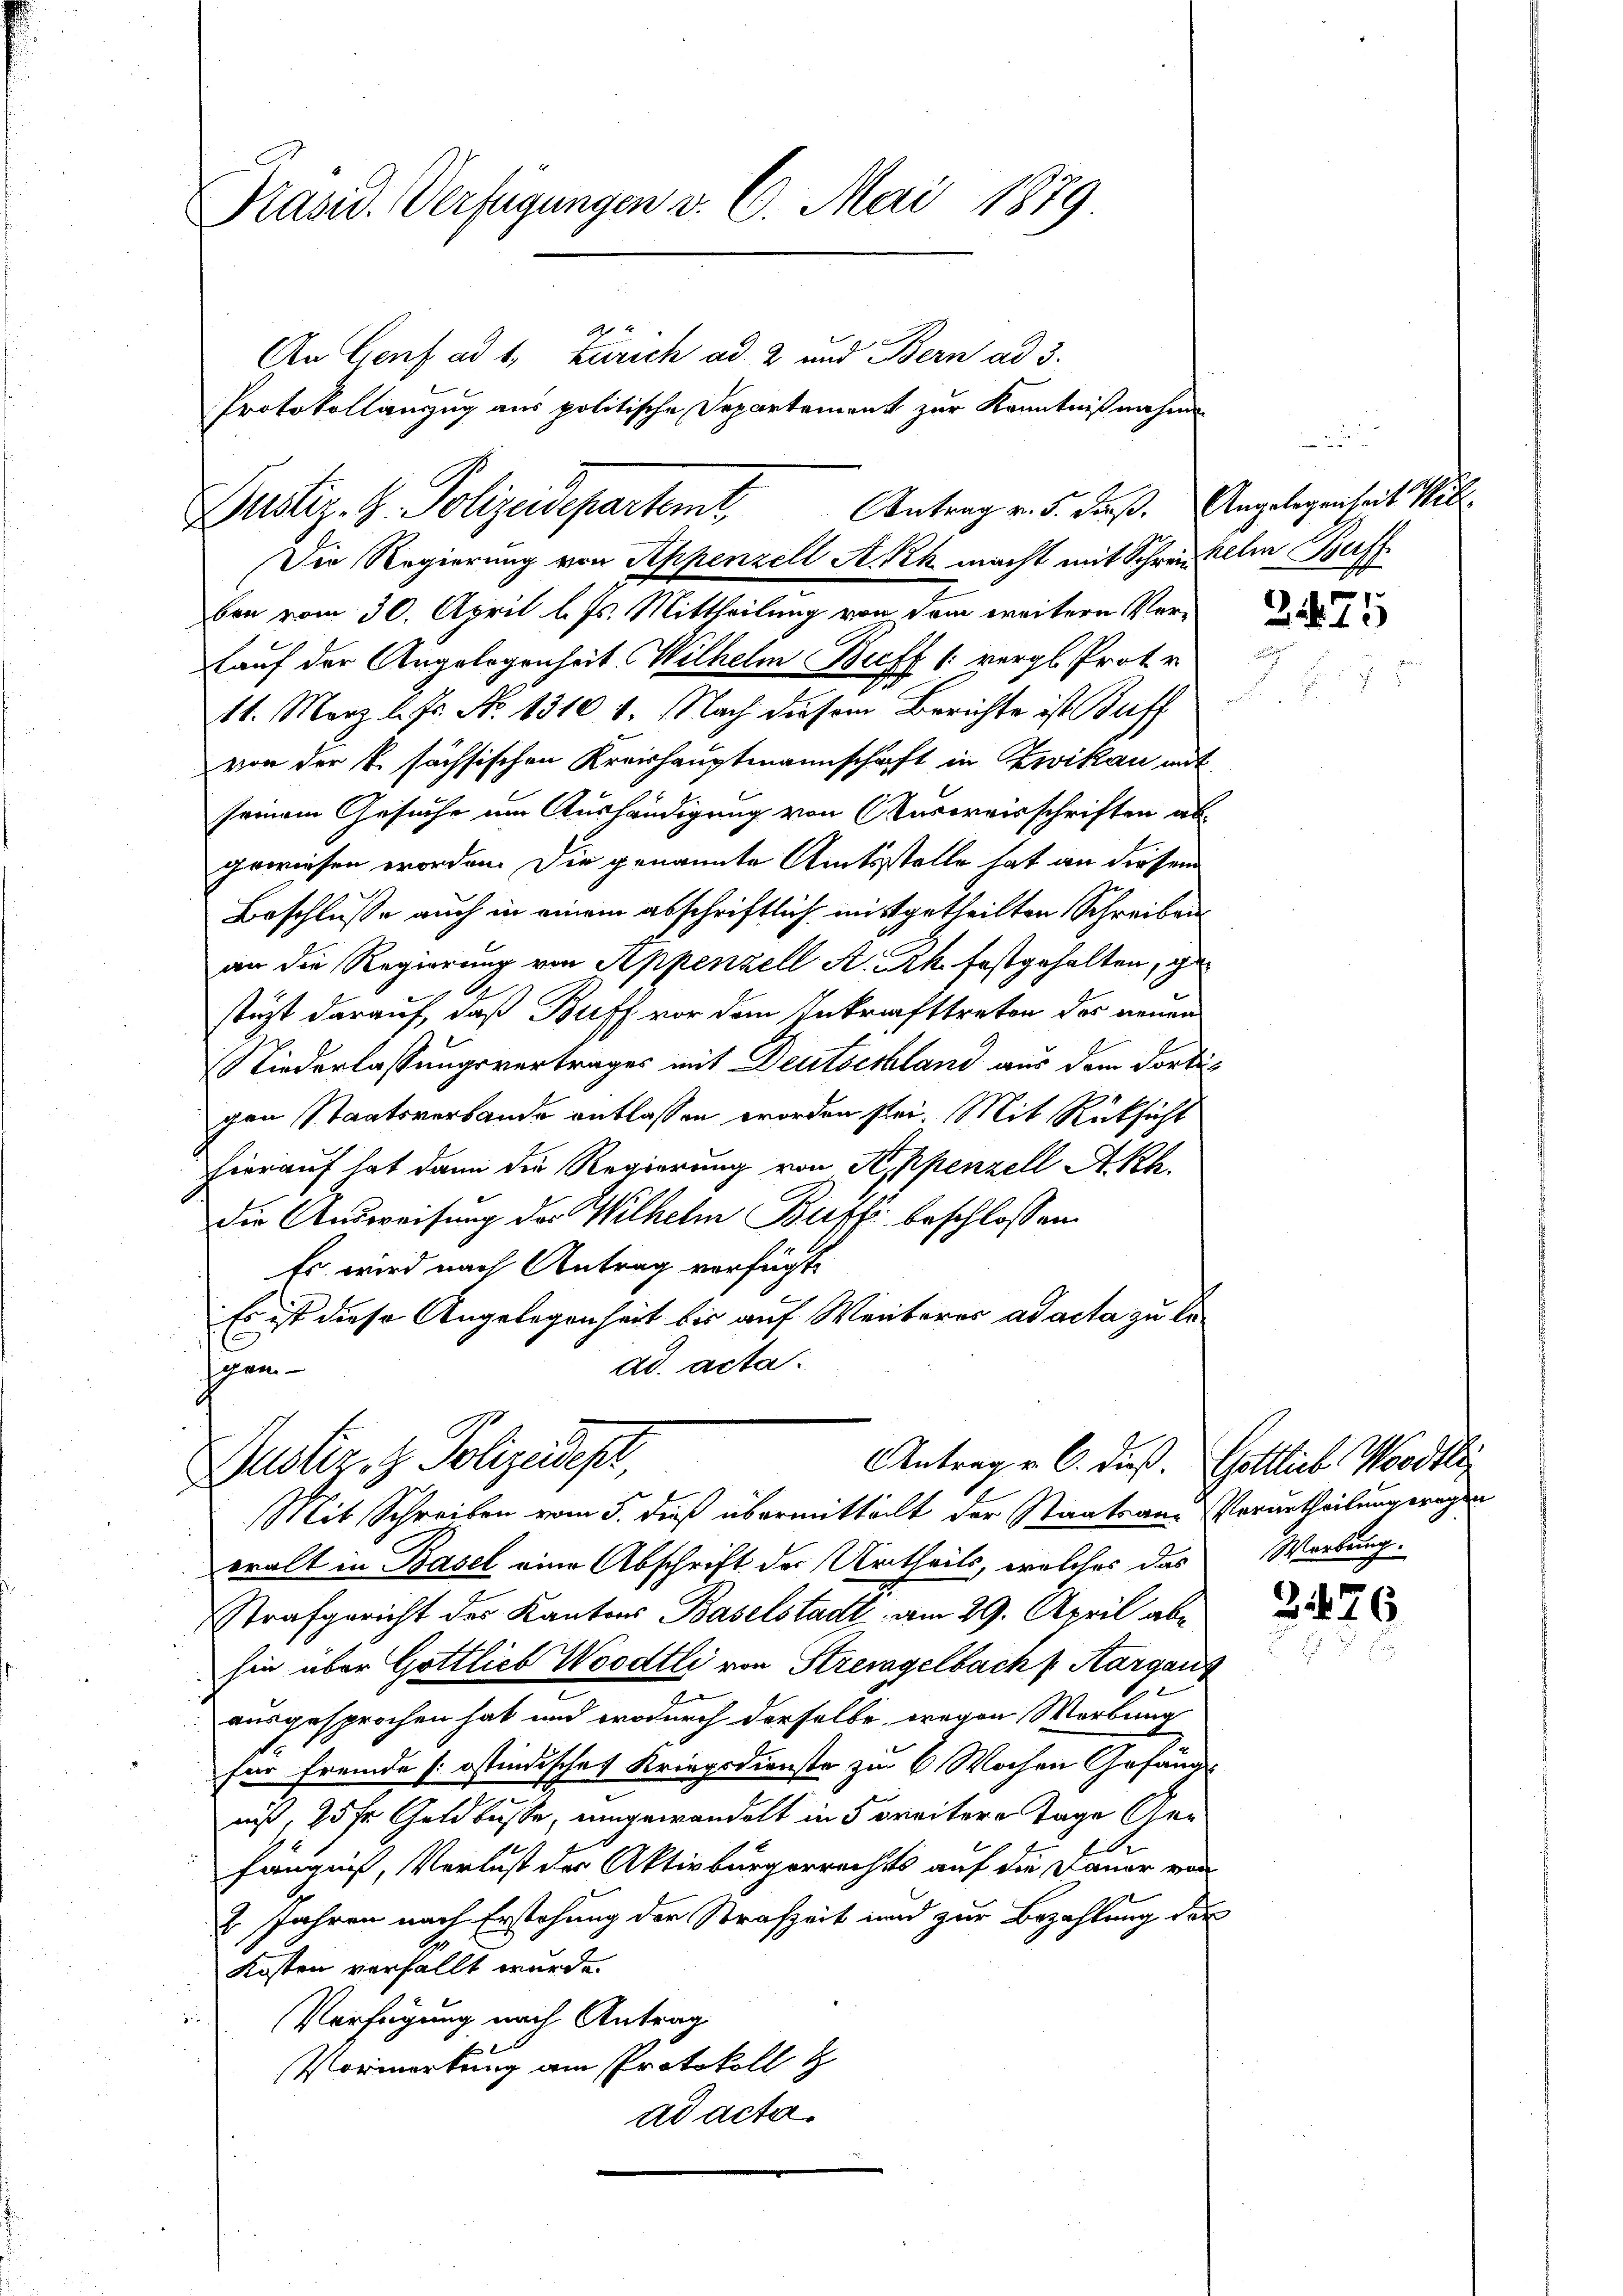
Präsid. Verfügungen v. 6. Mai 1879.
An Genf ad 1, Zürich ad 2 und Bern ad 3.
Protokollanzug aus politische Departement zur Kenntnißnahme

Dustiz- H. Polizeidepartemt. Antrag v. 5. Fuß. Angelegenheit sel.
Die Regierung von Appenzell A.-Rh. macht mit Schrei allen Beff

ben vom 30. April l. Js. Mittheilung von dem weitere Ver¬
Lauf der Angelegenheit Wilhelm Buff 1. vergl. Proto
11. März l. Js. No 1310 1. Nach diesem Berichte ist Baff
von der k. sächsischen Kreishauptmannschaft in Zwikau mit
seinem Gesuche um Aushändigung von Ausreisschriften ab
gewiesen worden. Die genannte Amtsstelle hat an diesem
Beschlusse auch in einem abschriftlich mitgetheilten Schreiben
an die Regierung von Appenzell A. Rh. festgehalten, ge
stüzt darauf, daß Buff vor dem Inkrafttreten der neuen
Niederlassungsvertrages mit Deutseshland aus dem dortigen Staatsverbande entlassen worden sei. Mit Rücksicht
hierauf hat dann die Regierung von Appenzell A.Rh.
die Ausweisung des Wilhelm Busse beschlossen.
Es wird nach Antrag verfügt:
Es ist diese Angelegenheit bis auf Weiteres ad acta zu lead acta.
hnen

Antrag v. 6. Fuß. Gottlieb Mordtli
Justiz, z. Polizeidest,
Mit Schreiben vom 5. dieß übermitteilt der Staatsan- Verurtheilung wegen

eralt in Basel eine Abschrift des Urtheils, welches das
Strafgericht des Kantons Baselstadt am 29. April abe
hin über Gottlieb Woodtli von Strengelbach P. Kargang
ausgesprochen hat und wodurch derselbe, wegen Werbung
für fremde sostindischen Kriegsdienste zu 6 Wochen Gefände
niß, 25 fr. Geldbuße, umgewandelt in 5 breitere Tage Gefängniß, Verlust der Aktivbürgerrechts auf die Dauer von
2 Jahren nach Erstehung der Strafzeit und zur Bezahlung der
Kosten verfällt wurde.
Verfügung nach Antrag
Vormerkung am Protokoll z
ad acta.

2

2471

Werbung.

2476